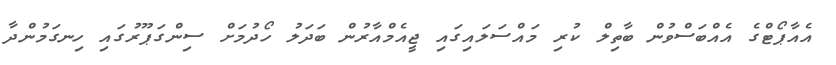
އެއާޕޯޓްގެ އެއްބަސްވުން ބާތިލް ކުރި މައްސަލައިގައި ޖީއެމްއާރުން ބަދަލު ހޯދުމަށް ސިންގަޕޫރުގައި ހިނގަމުންދާ